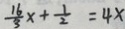
\frac { 1 6 } { 3 } x + \frac { 1 } { 2 } = 4 x